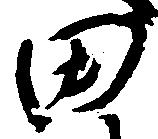
田